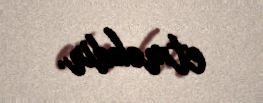
etməkdir.